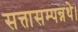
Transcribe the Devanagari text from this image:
सत्तासम्पन्नथे।